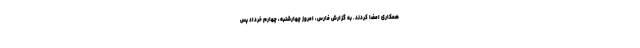
همکاری امضا کردند. ‌به گزارش فارس‌، امروز ‌چهارشنبه، چهارم خرداد پس